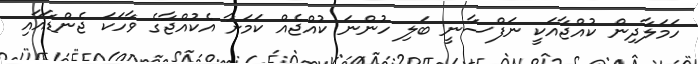
ހަަމަލާދިން ކުއްޖާއަކީ ނަފްސާނީ ބަލި ހުންނަ ކުއްޖެއް ކަމަށާ އެކުއްޖާގެ ވާހަކަ ޖެންޑާއާއި